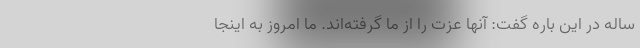
ساله در این باره گفت: آنها عزت را از ما گرفته‌اند. ما امروز به اینجا